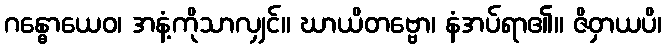
ဂန္ဓောယေဝ၊ အနံ့ကိုသာလျှင်။ ဃာယိတဗ္ဗော၊ နံအပ်ရာ၏။ ဇိဝှာယပိ၊